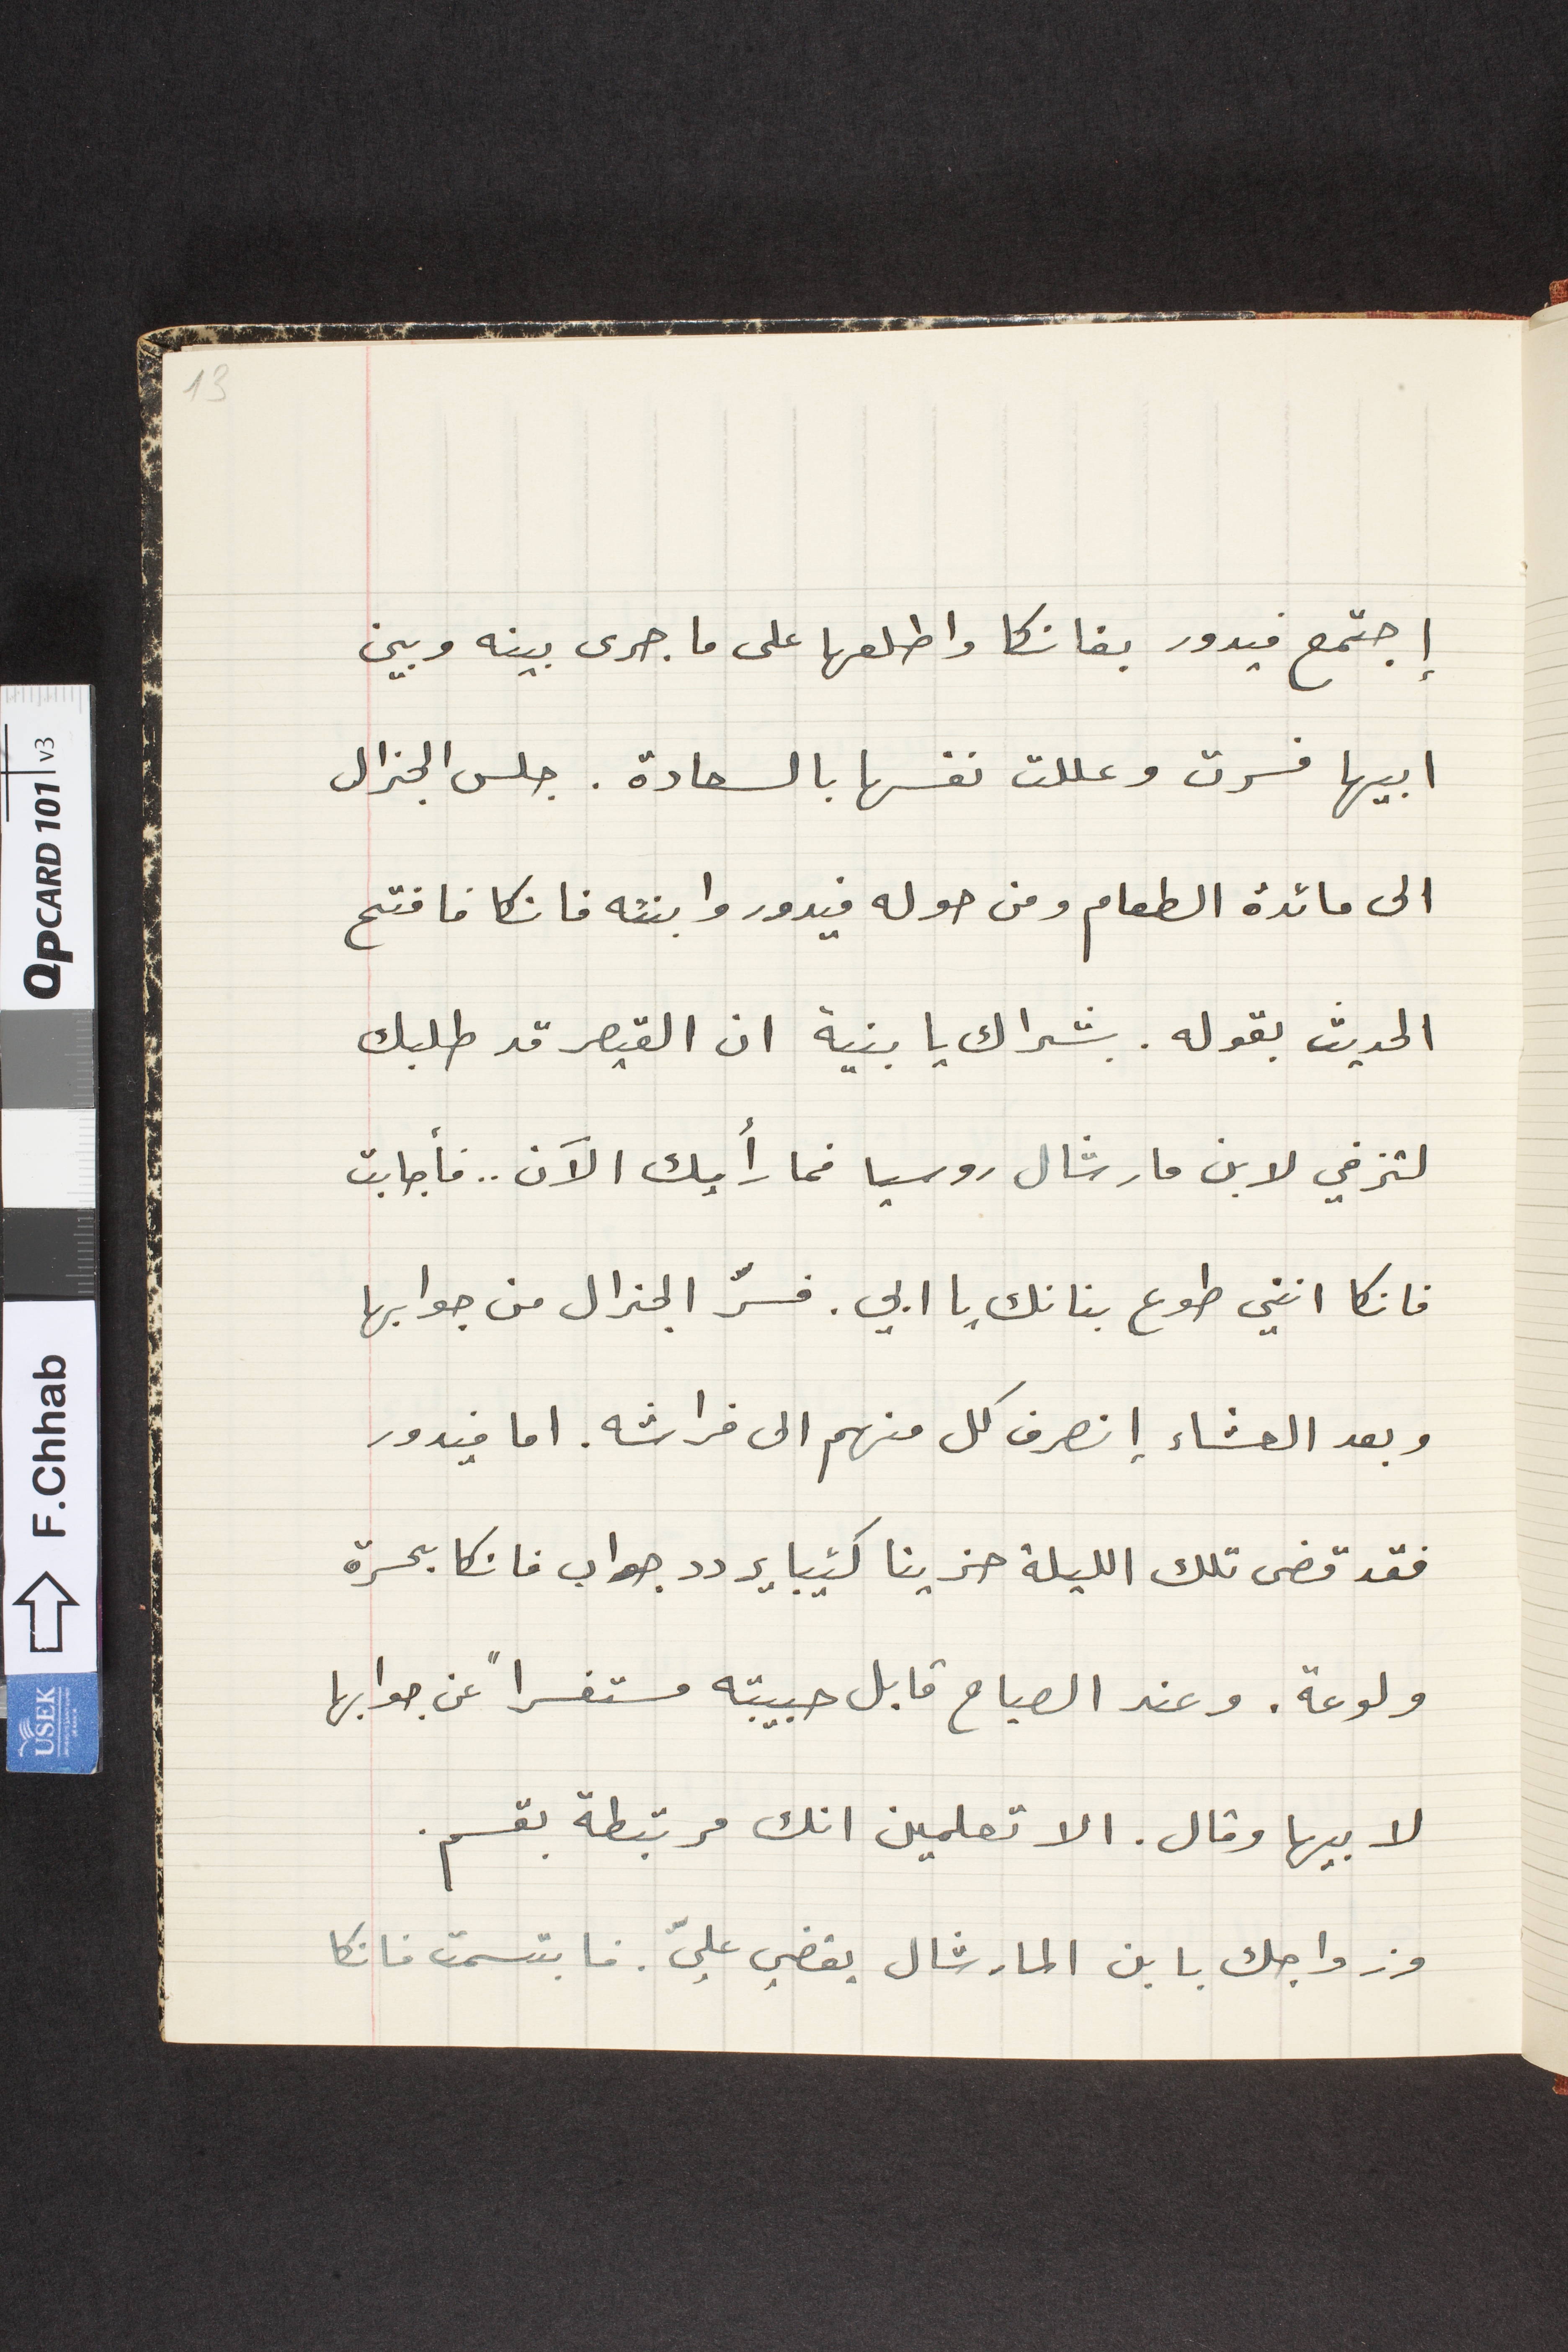
اجتمع فيدور بفانكا واطلعها على ما جرى بينه وبين
ابيها فسرت وعللت نفسها بالسعادة. جلس الجنرال
الى مائدة الطعام ومن حوله فيدور وابنته فانكا فافتح
الحديث بقوله. بشراك يا بنية ان القيصر قد طلبك
لتزفي لابن مارشال روسيا فما رأيك الاَن.. فأجابت
فانكا انني طوع بنانك يا ابي. فسرّ الجنرال من جوابها
وبعد العشاء إنصرف كل منهم الى فراشه. اما فيدور
فقد قضى تلك الليلة حزينا كئيبا يردد جواب فانكا بحسرة
ولوعة. وعند الصباح قابل حبيبته مستفسراً عن جوابها
لابيها وقال. الا تعلمين انك مرتبطة بقسم.
وزواجك بابن المارشال يقضي عليّ. فابتسمت فانكا